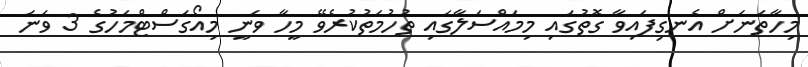
މިހާތަނަށް އެނގިފައިވާ ގޮތުގައި މިމައްސަލާގައި ތުހުމަތުކުރެވޭ މީހާ ވަނީ މިއޯގަސްޓްމަހުގެ 3 ވަނަ